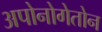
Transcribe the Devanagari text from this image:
अपोनोगेतोन